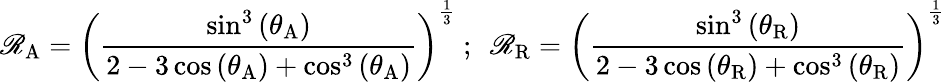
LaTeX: \mathscr{R}_{\mathrm{{A}}}=\left({\frac{{\sin^{3}\left(\theta_{\mathrm{{A}}}\right)}}{{2-3\cos\left(\theta_{\mathrm{{A}}}\right)+\cos^{3}\left(\theta_{\mathrm{{A}}}\right)}}}\right)^{\frac{{1}}{{3}}}~;~~\mathscr{R}_{\mathrm{{R}}}=\left({\frac{{\sin^{3}\left(\theta_{\mathrm{{R}}}\right)}}{{2-3\cos\left(\theta_{\mathrm{{R}}}\right)+\cos^{3}\left(\theta_{\mathrm{{R}}}\right)}}}\right)^{\frac{{1}}{{3}}}